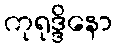
ကုရုဒ္ဒိနော